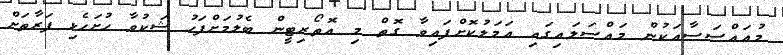
މުއައްސަސާއަކުން މައްސަލައިގައި އަމަލުކޮށްފައިވާ ގޮތް މި އޮތޯރިޓީން ބެލުމަށްފަހު ޝަކުވާ ހުށަހެޅި ފަރާތަށް